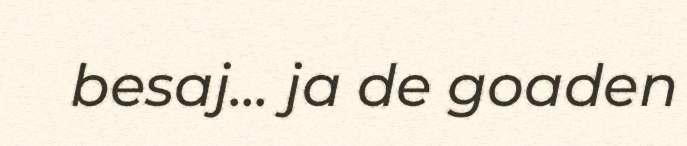
besaj... ja de goaden